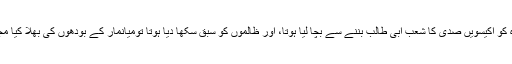
اگر ایران ترکی سعودی عرب متحدہ عرب امارات وغیرہ نے غزہ کو اکیسویں صدی کا شعب ابی طالب بننے سے بچا لیا ہوتا، اور ظالموں کو سبق سکھا دیا ہوتا تومیانمار کے بَودُّھوں کی بھلا کیا مجال تھی کہ وہ یہودیوں کے نقش قدم پر چلنے کی کوشش کرتے !